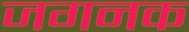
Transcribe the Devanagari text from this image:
जगनक